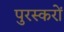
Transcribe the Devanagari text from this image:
पुरस्करों